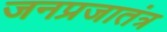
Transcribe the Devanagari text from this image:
जनप्रजातंत्र